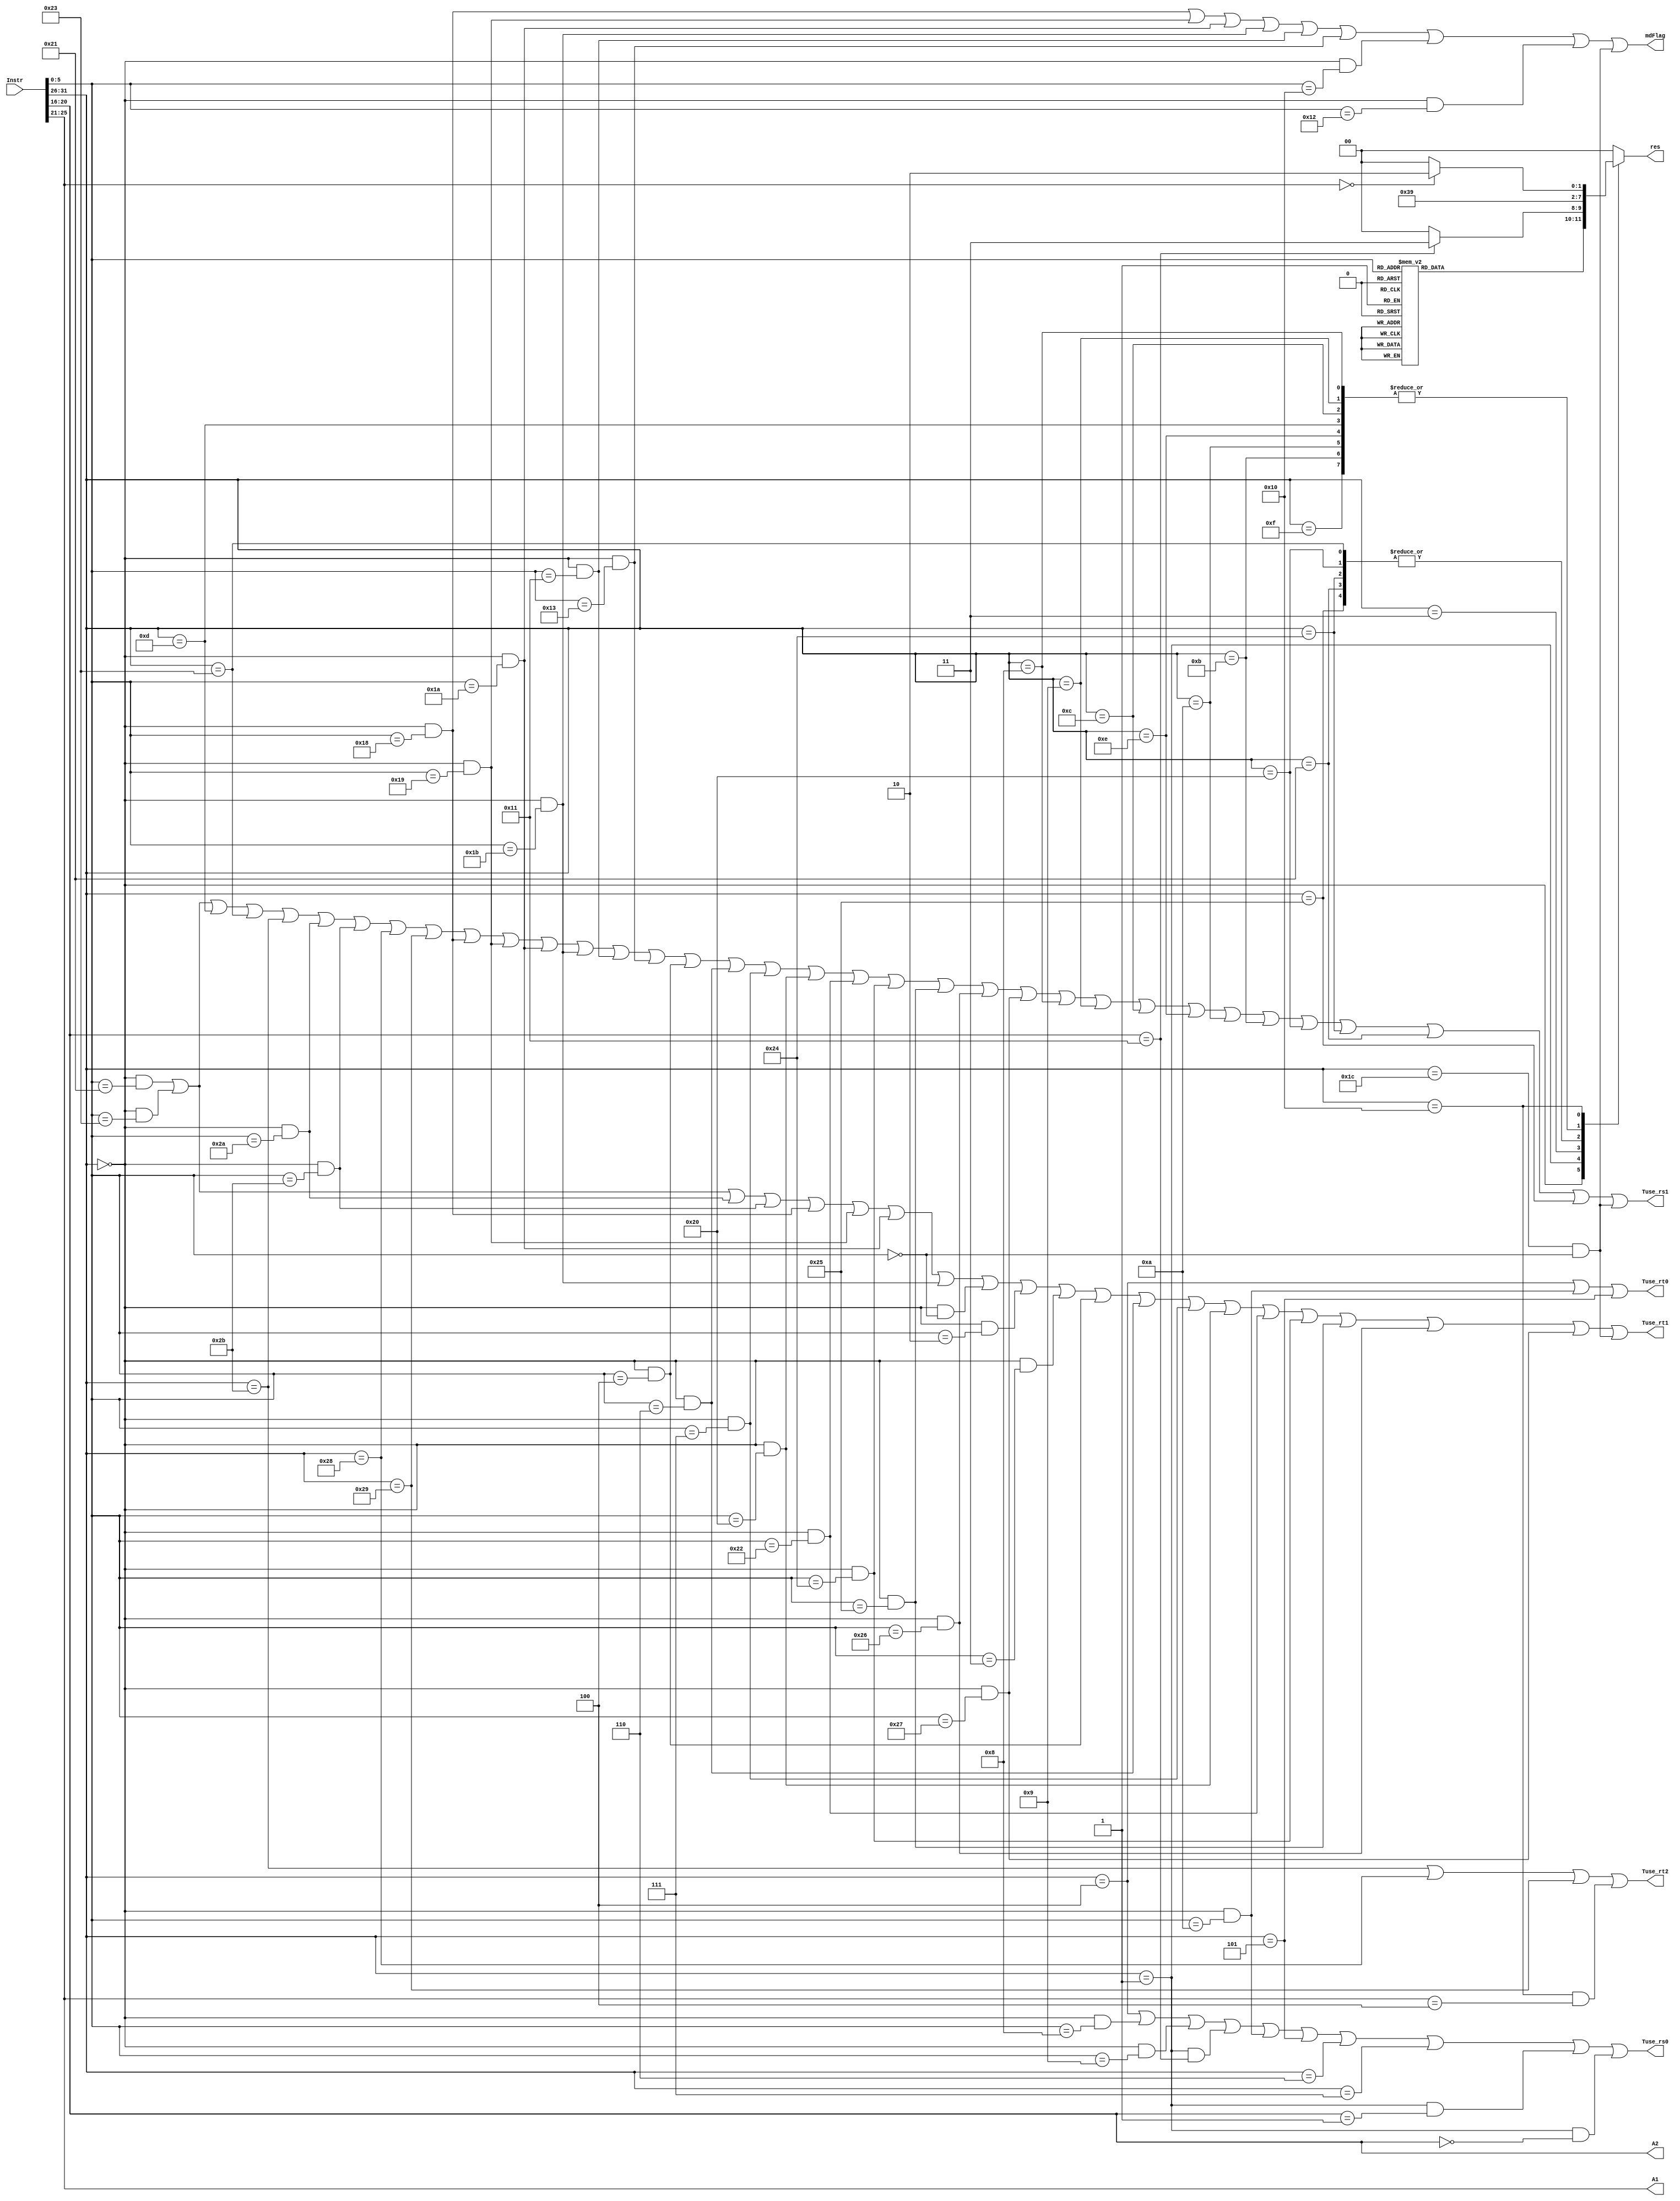
`timescale 1ns / 1ps
//R
`define special 6'b000000
`define add 	 6'b100000
`define addu 	 6'b100001
`define sub		 6'b100010
`define subu    6'b100011
`define andr    6'b100100 //
`define orr		 6'b100101 //
`define xorr	 6'b100110 //
`define norr    6'b100111 //

`define mult    6'b011000
`define multu 	 6'b011001
`define div		 6'b011010
`define divu 	 6'b011011
`define mfhi    6'b010000
`define mflo    6'b010010
`define mthi    6'b010001
`define mtlo    6'b010011
`define special2 6'b011100
`define madd	 6'b000000

`define sll     6'b000000
`define srl   	 6'b000010
`define sra     6'b000011
`define sllv    6'b000100
`define srlv	 6'b000110
`define srav    6'b000111

`define slt     6'b101010
`define sltu    6'b101011

`define jr      6'b001000
`define jalr    6'b001001

`define movz    6'b001010
//I
`define addi    6'b001000
`define addiu   6'b001001
`define andi    6'b001100
`define ori     6'b001101
`define xori    6'b001110
`define lui     6'b001111

`define slti	 6'b001010
`define sltiu   6'b001011

`define lw      6'b100011
`define lb      6'b100000
`define lbu     6'b100100
`define lh      6'b100001
`define lhu 	 6'b100101
`define sw      6'b101011
`define sb      6'b101000
`define sh 		 6'b101001

`define beq     6'b000100
`define bne     6'b000101
`define blez    6'b000110
`define bgtz    6'b000111

`define regimm  6'b000001
`define bgezal  5'b10001
`define bltz    5'b00000
`define bgez	 5'b00001

//J
`define j       6'b000010
`define jal     6'b000011

//CP0
`define cp0     6'b010000
`define mtc0    5'b00100
`define mfc0    5'b00000
`define eret    6'b011000

`define NW  2'b00
`define ALU 2'b01
`define DM  2'b10
`define PC  2'b11
`define rs  25:21
`define rd	15:11
`define rt	20:16

//////////////////////////////////////////////////////////////////////////////////
// Company: 
// Engineer: 
// 
// Design Name: 
// Module Name:    decoder 
// Project Name: 
// Target Devices: 
// Tool versions: 
// Description: 
//
// Dependencies: 
//
// Revision: 
// Revision 0.01 - File Created
// Additional Comments: 
//
//////////////////////////////////////////////////////////////////////////////////
module decoder(
	 input [31:0]Instr,
	 output Tuse_rs0,
	 output Tuse_rs1,
	 output Tuse_rt0,
	 output Tuse_rt1,
	 output Tuse_rt2,
	 output reg [1:0]res,
	 output [4:0]A1,
	 output [4:0]A2,
	 output mdFlag//,
    );
	 
	 wire [5:0]Op;
	 wire [5:0]Func;
	 wire Add,Addu,Sub,Subu,And,Or,Xor,Nor;
	 wire Mult,Multu,Div,Divu,Mfhi,Mflo,Mthi,Mtlo,Madd;
	 wire Sll,Srl,Sra,Sllv,Srlv,Srav;
	 wire Slt,Sltu;
	 wire Jr,Jalr;
	 wire Movz;
	 wire Addi,Addiu,Andi,Ori,Xori,Lui;
	 wire Slti,Sltiu;
	 wire Lw,Lb,Lbu,Lh,Lhu,Sw,Sb,Sh;
	 wire Beq,Bne,Blez,Bgtz;
	 wire Bgezal,Bltz,Bgez;
	 wire J,Jal;
	 wire Mtc0,Mfc0,Eret;
	 
	 assign Op=Instr[31:26];
	 assign Func=Instr[5:0];
	 
	 assign Add= Op==`special && Func==`add;
	 assign Addu= Op==`special && Func==`addu;
	 assign Sub= Op==`special && Func==`sub;
	 assign Subu= Op==`special && Func==`subu;
	 assign And= Op==`special && Func==`andr;
	 assign Or= Op==`special && Func==`orr;
	 assign Xor= Op==`special && Func==`xorr;
	 assign Nor= Op==`special && Func==`norr;
	 
	 assign Mult= Op==`special && Func==`mult;
	 assign Multu= Op==`special && Func==`multu;
	 assign Div= Op==`special && Func==`div;
	 assign Divu= Op==`special && Func==`divu;
	 assign Mfhi= Op==`special && Func==`mfhi;
	 assign Mflo= Op==`special && Func==`mflo;
	 assign Mthi= Op==`special && Func==`mthi;
	 assign Mtlo= Op==`special && Func==`mtlo;
	 assign Mtlo= Op==`special && Func==`mtlo;
	 assign Madd= Op==`special2 && Func==`madd;
	 
	 assign Sll= Op==`special && Func==`sll;
	 assign Srl= Op==`special && Func==`srl;
	 assign Sra= Op==`special && Func==`sra;
	 assign Sllv= Op==`special && Func==`sllv;
	 assign Srlv= Op==`special && Func==`srlv;
	 assign Srav= Op==`special && Func==`srav;
	 
	 assign Slt= Op==`special && Func==`slt;
	 assign Sltu= Op==`special && Func==`sltu;
	 
	 assign Addi= Op==`addi;
	 assign Addiu= Op==`addiu;
	 assign Andi= Op==`andi;
	 assign Ori= Op==`ori;
	 assign Xori= Op==`xori;
	 assign Lui= Op==`lui;
	 
	 assign Slti= Op==`slti;
	 assign Sltiu= Op==`sltiu;
	 
	 assign Beq= Op==`beq;
	 assign Bne= Op==`bne;
	 assign Blez= Op==`blez;
	 assign Bgtz= Op==`bgtz;
	 assign Bgezal= Op==`regimm && Instr[20:16]==`bgezal;
	 assign Bgez= Op==`regimm && Instr[20:16]==`bgez;
	 assign Bltz= Op==`regimm && Instr[20:16]==`bltz;
	 
	 assign J= Op==`j;
	 assign Jal= Op==`jal;
	 assign Jr= Op==`special && Func==`jr;
	 assign Jalr= Op==`special && Func==`jalr;
	 
	 assign Lw= Op==`lw;
	 assign Lb= Op==`lb;
	 assign Lbu= Op==`lbu;
	 assign Lh= Op==`lh;
	 assign Lhu= Op==`lhu;
	 assign Sw= Op==`sw;
	 assign Sb= Op==`sb;
	 assign Sh= Op==`sh;
	 
	 assign Movz= Op==`special && Func==`movz;
	 
	 assign Mtc0= Op==`cp0 && Instr[25:21]==`mtc0;
	 assign Mfc0= Op==`cp0 && Instr[25:21]==`mfc0;
	 assign Eret= Op==`cp0 && Func==`eret;
	 
	 assign Tuse_rs0= Beq || Jr || Jalr || Bgezal || Movz || Bne || Blez || Bgtz || Bgez || Bltz;
	 assign Tuse_rs1= Addu || Subu || Ori || Lw || Sw || Slt || Sltu || Sb || Sh || Mult || Multu || Div || Divu || Mthi || Mtlo ||
							Sllv || Srlv || Srav || Add || Sub || And || Or || Xor || Nor || Addi || Addiu || Andi || Xori || Slti || Sltiu||
							Lb || Lbu || Lh || Lhu || Madd;
	 
	 assign Tuse_rt0= Beq || Movz || Bne;
	 assign Tuse_rt1= Addu || Subu || Slt || Sltu || Mult || Multu || Div || Divu || Sll || Srl || Sra || Sllv || Srlv || Srav ||
							Add || Sub || And || Or || Xor || Nor || Madd;
	 assign Tuse_rt2= Sw || Sb || Sh || Mtc0;
	 
	 assign mdFlag= Mult || Multu || Div || Divu || Mthi || Mtlo || Mfhi || Mflo || Madd;
	 
	 assign A1=Instr[`rs];
	 assign A2=Instr[`rt];
	
	 always @(*) begin
		 case(Op)
			`special: begin
				case(Func)
					`add: res <= `ALU;
					`addu: res <= `ALU;
					`sub: res <= `ALU;
					`subu: res <= `ALU;
					`andr: res <= `ALU;
					`orr: res <= `ALU;
					`xorr: res <= `ALU;
					`norr: res <= `ALU;
					`sll: res <= `ALU;
					`srl: res <= `ALU;
					`sra: res <= `ALU;
					`sllv: res <= `ALU;
					`srlv: res <= `ALU;
					`srav: res <= `ALU;
					`jalr: res <= `PC;
					`movz: res <= `PC;
					`slt: res <= `ALU;
					`sltu: res <= `ALU;
					`mfhi: res <= `ALU;
					`mflo: res <= `ALU;
					default: res <= `NW;
				endcase
			end
			`regimm: begin
				case(Instr[`rt])
					`bgezal: res <= `PC;
					default: res <= `NW;
				endcase
			end
			`addi: res <= `ALU;
			`addiu: res <= `ALU;
			`andi: res <= `ALU;
			`xori: res <= `ALU;
			`ori: res <= `ALU;
			`lw: res <= `DM;
			`jal: res <= `PC;
			`lui: res <= `ALU;
			`lb: res <= `DM;
			`lbu: res <= `DM;
			`lh: res <= `DM;
			`lhu: res <= `DM;
			`slti: res <= `ALU;
			`sltiu: res <= `ALU;
			`cp0: begin
				case(Instr[`rs])
					`mfc0: res <= `DM;
					default: res <= `NW;
				endcase
			end
			default: res <= `NW;
		 endcase
	 end

endmodule